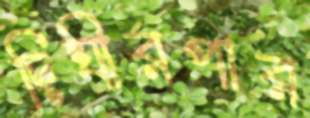
দিঘীরপার